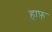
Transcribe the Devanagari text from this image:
हाफ़्